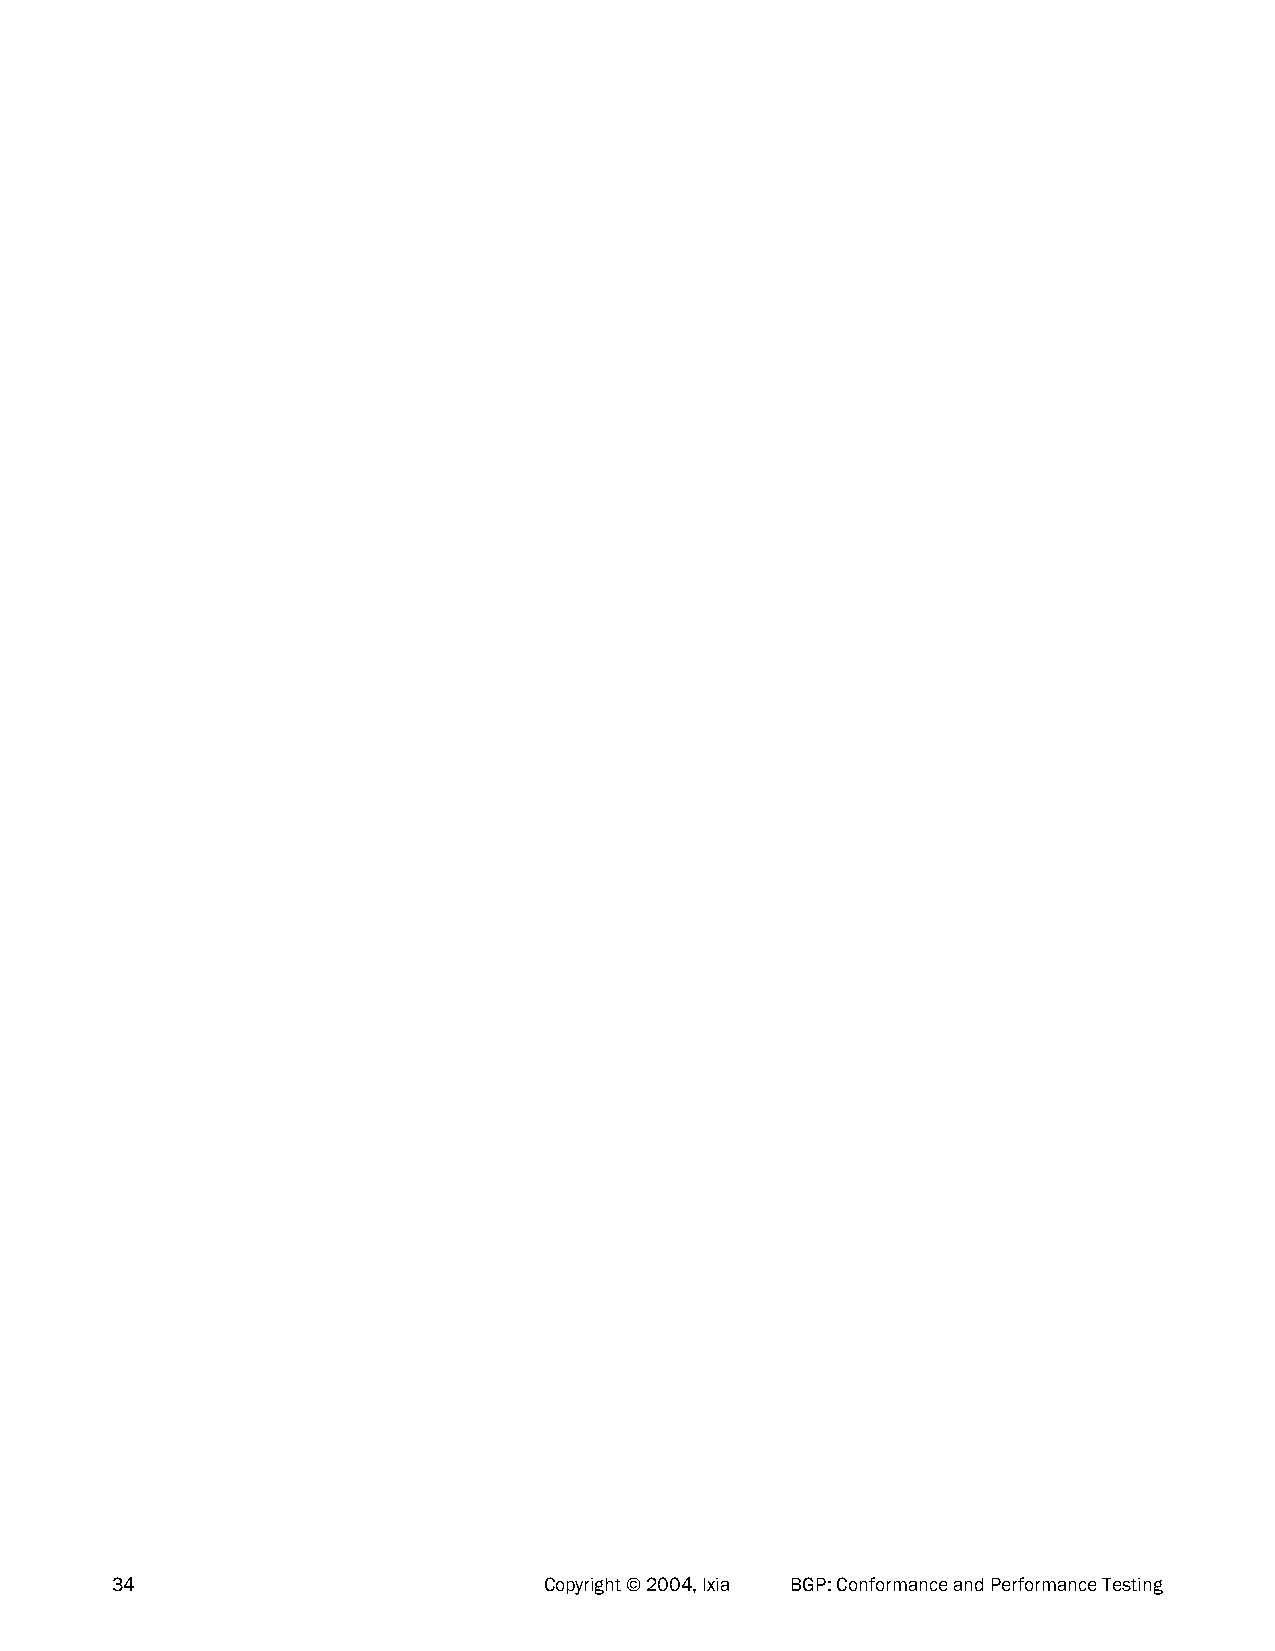
34                           Copyright © 2004, Ixia BGP: Conformance and Performance Testing